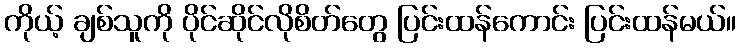
ကိုယ့် ချစ်သူကို ပိုင်ဆိုင်လိုစိတ်တွေ ပြင်းထန်ကောင်း ပြင်းထန်မယ်။